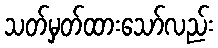
သတ်မှတ်ထားသော်လည်း